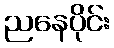
ညနေပိုင်း